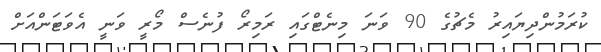
ކުރަމުންދިޔައިރު މެޗުގެ 90 ވަނަ މިނެޓްގައި ރަމިރޯ ފުނެސް މޯރީ ވަނީ އެވަޓަންއަށް